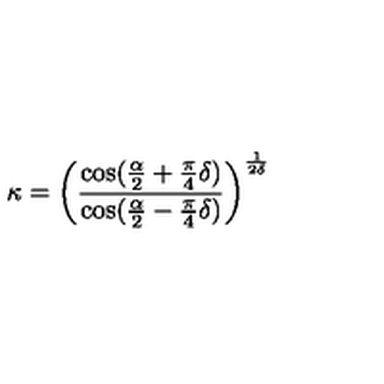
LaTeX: \kappa = \left( \frac { \cos ( \frac { \alpha } { 2 } + \frac { \pi } { 4 } \delta ) } { \cos ( \frac { \alpha } { 2 } - \frac { \pi } { 4 } \delta ) } \right) ^ { \frac { 1 } { 2 \delta } }